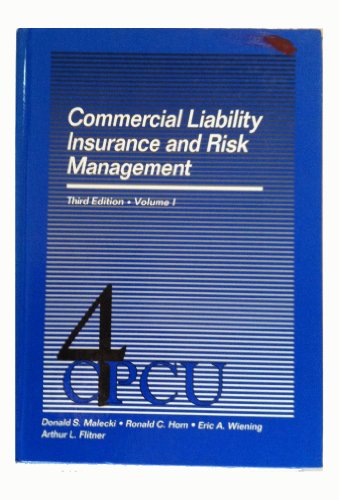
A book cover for Commercial Liability Insurance and Risk Management (Volume I); Donald S. Malecki; Business & Money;